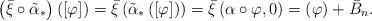
LaTeX: \begin{align*} \footnotesize\left(\bar{\xi} \circ \tilde{\alpha}_*\right)\left([\varphi] \right)=\bar{\xi} \left( \tilde{\alpha}_*\left([\varphi] \right) \right)=\bar{\xi} \left( \alpha \circ \varphi, 0 \right)=\left(\varphi \right)+\bar{B}_n.\end{align*}